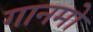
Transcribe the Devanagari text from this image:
गानमो